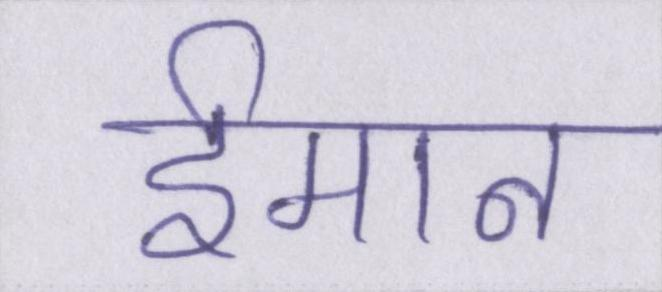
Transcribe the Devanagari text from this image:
ईमान